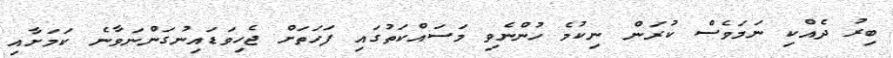
ބިރު ދެއްކި ނަމަވެސް ކުރަން ނިކުމެ ހުންނެވި މަސައްކަތުގައި ފަހަތަށް ޖެހިވަޑައިނުގަންނަވާނެ ކަމަށާއި